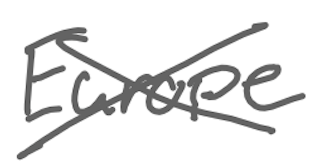
Text: Europe
Cross-out: cross
Writing tool: digital_gray